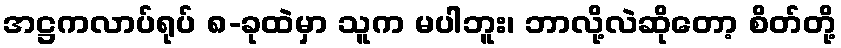
အဋ္ဌကလာပ်ရုပ် ၈-ခုထဲမှာ သူက မပါဘူး၊ ဘာလို့လဲဆိုတော့ စိတ်တို့